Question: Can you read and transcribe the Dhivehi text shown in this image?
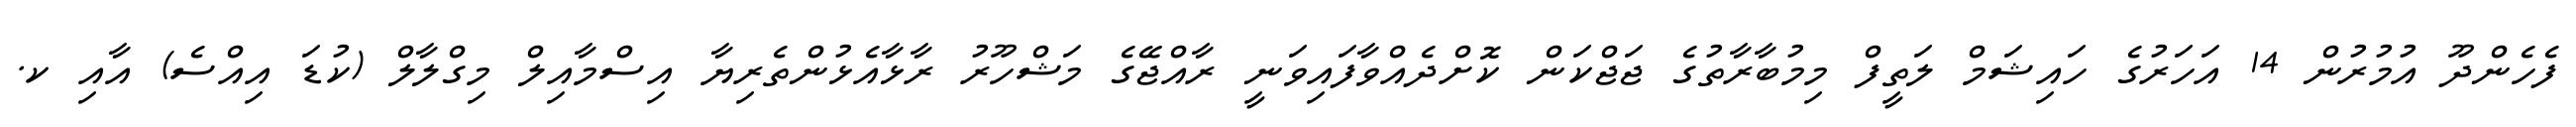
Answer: ފެހެންދޫ އުމުރުން 14 އަހަރުގެ ހައިޝަމް ލަތީފް މިމުބާރާތުގެ ޖަޖްކަން ކޮށްދެއްވާފައިވަނީ ރާއްޖޭގެ މަޝްހޫރު ރާޅާއެޅުންތެރިޔާ އިސްމާއިލް މިގްލާލް (ކުޑަ އިއްސެ) އާއި ކ.